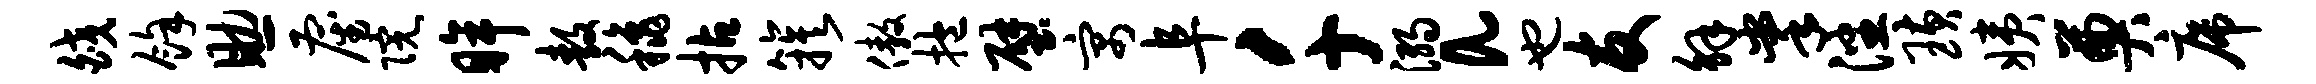
皎余助雇院眸敖秋拈簇傲抱壁寓阜千溺a也友解掌潘璜姨奠席